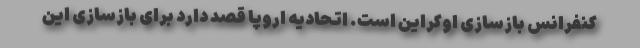
کنفرانس بازسازی اوکراین است. اتحادیه اروپا قصد دارد برای بازسازی این